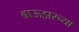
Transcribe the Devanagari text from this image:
ब्राऊझरच्या